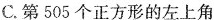
C.第505个正方形的左上角